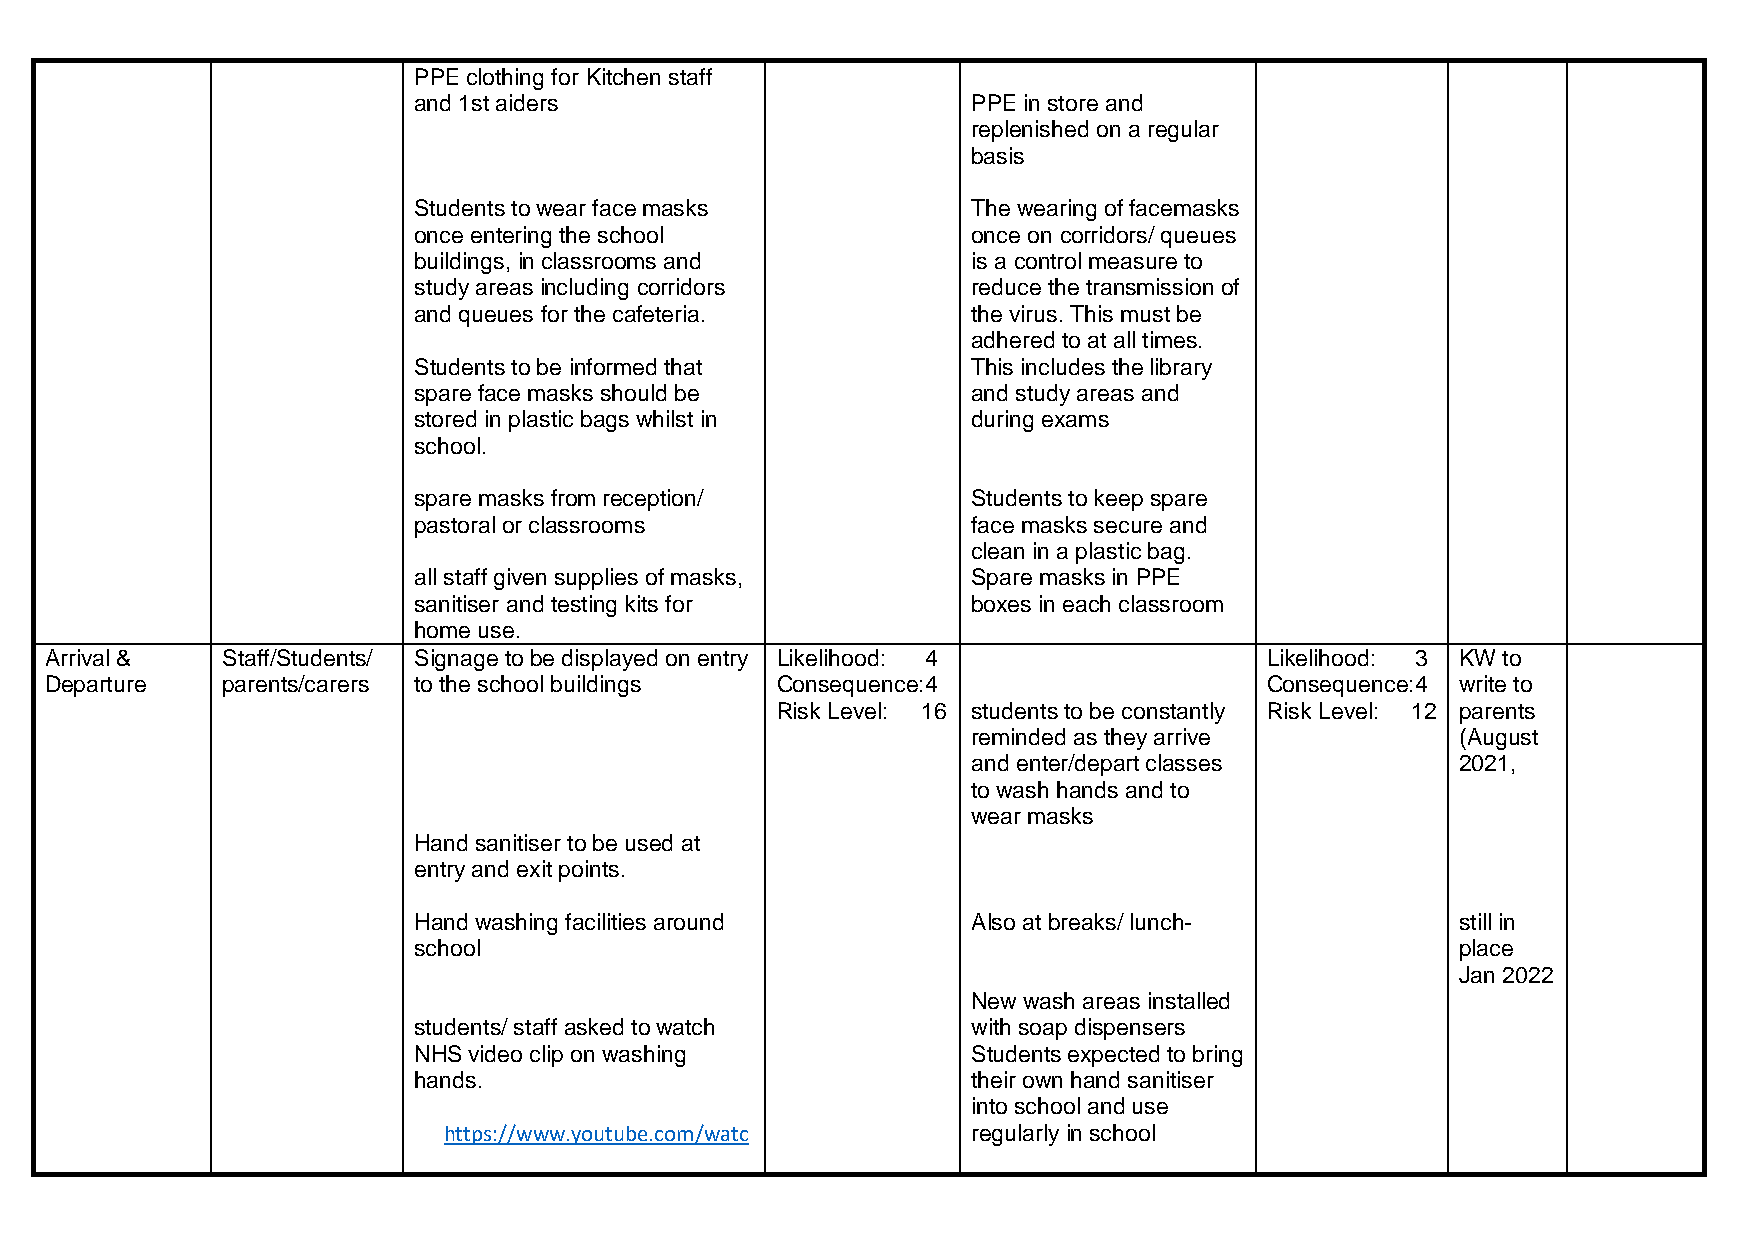
PPE clothing for Kitchen staff
 and 1st aiders                       PPE in store and
 replenished on a regular
 basis
 Students to wear face masks          The wearing of facemasks
 once entering the school             once on corridors/ queues
 buildings, in classrooms and         is a control measure to
 study areas including corridors      reduce the transmission of
 and queues for the cafeteria.        the virus. This must be
 adhered to at all times.
 Students to be informed that         This includes the library
 spare face masks should be           and study areas and
 stored in plastic bags whilst in     during exams
 school.
 spare masks from reception/          Students to keep spare
 pastoral or classrooms               face masks secure and
 clean in a plastic bag.
 all staff given supplies of masks,   Spare masks in PPE
 sanitiser and testing kits for       boxes in each classroom
 home use.
 Arrival &   Staff/Students/ Signage to be displayed on entry Likelihood: 4       Likelihood: 3 KW to
 Departure   parents/carers to the school buildings Consequence:4                 Consequence:4 write to
 Risk Level: 16 students to be constantly Risk Level: 12 parents
 reminded as they arrive          (August
 and enter/depart classes         2021,
 to wash hands and to
 wear masks
 Hand sanitiser to be used at
 entry and exit points.
 Hand washing facilities around       Also at breaks/ lunch-           still in
 school                                                                place
 Jan 2022
 New wash areas installed
 students/ staff asked to watch       with soap dispensers
 NHS video clip on washing            Students expected to bring
 hands.                               their own hand sanitiser
 into school and use
 https://www.youtube.com/watc       regularly in school